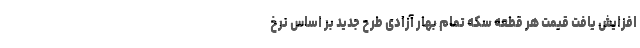
افزایش یافت قیمت هر قطعه سکه تمام بهار آزادی طرح جدید بر اساس نرخ